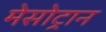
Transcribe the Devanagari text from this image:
मेसोट्रान